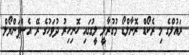
ރައުލްގެ މި ރެކޯޑް ރޮނާލްޑޯ މުގުރާލީ ލީގުގައި ހޮނިހިރު ދުވަހުގެ ރޭ އެސްޕަންޔޯލް